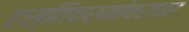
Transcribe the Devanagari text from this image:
हस्तिचर्मांबरधर